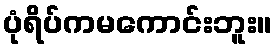
ပုံရိပ်ကမကောင်းဘူး။